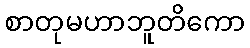
စာတုမဟာဘူတိကော